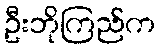
ဦးဘိုကြည်က